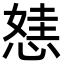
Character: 㥨